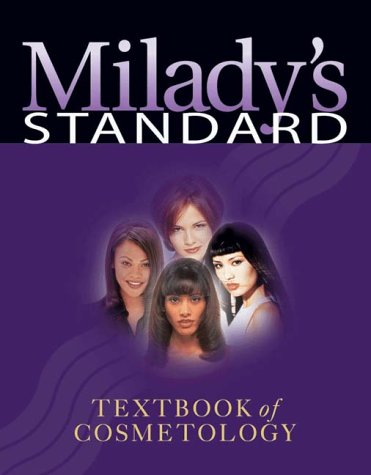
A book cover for Milady's Standard Textbook of Cosmetology 2000 Edition (Hardcover); Milady; Health, Fitness & Dieting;